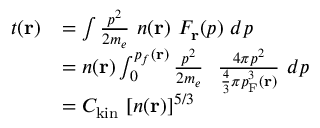
{ \begin{array} { r l } { t ( \mathbf { r } ) } & { = \int { \frac { p ^ { 2 } } { 2 m _ { e } } } \ n ( \mathbf { r } ) \ F _ { \mathbf { r } } ( p ) \ d p } \\ & { = n ( \mathbf { r } ) \int _ { 0 } ^ { p _ { f } ( \mathbf { r } ) } { \frac { p ^ { 2 } } { 2 m _ { e } } } \ \ { \frac { 4 \pi p ^ { 2 } } { { \frac { 4 } { 3 } } \pi p _ { \mathrm { { F } } } ^ { 3 } ( \mathbf { r } ) } } \ d p } \\ & { = C _ { \mathrm { { k i n } } } \ [ n ( \mathbf { r } ) ] ^ { 5 / 3 } } \end{array} }